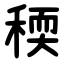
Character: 稬